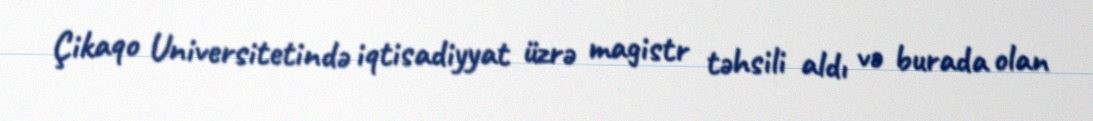
Çikaqo Universitetində iqtisadiyyat üzrə magistr təhsili aldı və burada olan